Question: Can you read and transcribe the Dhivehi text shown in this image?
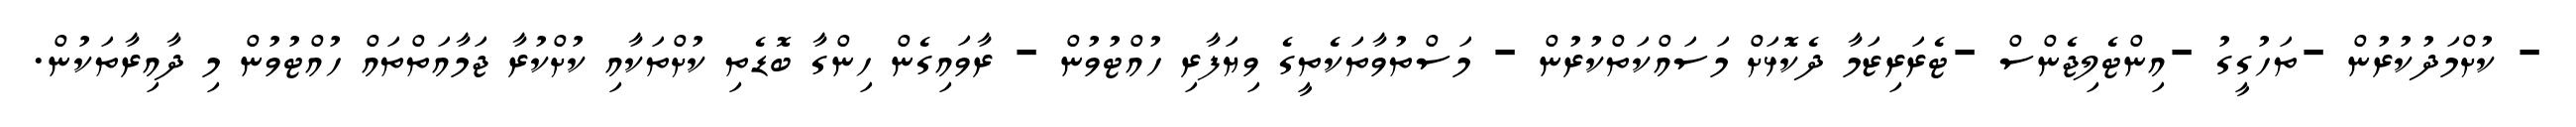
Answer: - ކުށްމަދުކުރުން -ތަހުގީގު -އިންޓެލިޖެންސް -ޓެރަރިޒަމާ ދެކޮޅަށް މަސައްކަތްކުރުން - މަސްތުވާތަކެތީގެ ވިޔަފާރި ހުއްޓުވުން - ރާވައިގެން ހިންގާ ބޮޑެތި ކުށްތަކާއި ކުށްކުރާ ޖަމާއަތްތައް ހުއްޓުވުން މި ދާއިރާތަކުން.